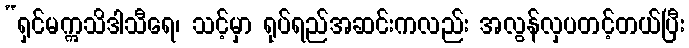
“ရှင်မဣသိဒါသီရေ၊ သင့်မှာ ရုပ်ရည်အဆင်းကလည်း အလွန်လှပတင့်တယ်ပြီး